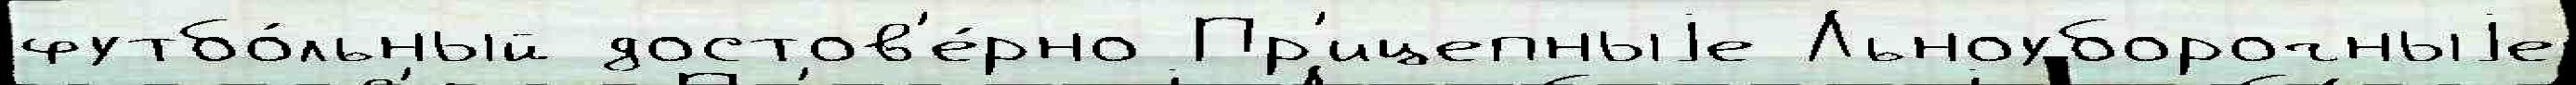
футбо́льный достов'е́рно Пр'ицепныjе Льноуборочныjе